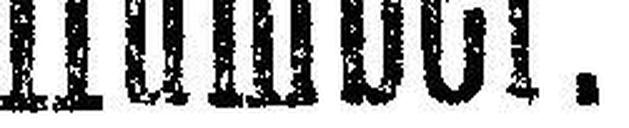
Humber.